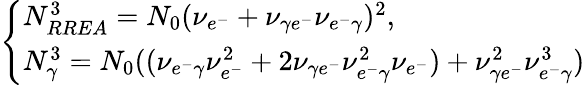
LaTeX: \left\{ \begin{array}{ll}{N_{RREA}^{3}=N_{0}(\nu_{e^{-}}+\nu_{\gamma e^{-}}\nu_{e^{-}\gamma})^{2},}\\ {N_{\gamma}^{3}=N_{0}((\nu_{e^{-}\gamma}\nu_{e^{-}}^{2}+2\nu_{\gamma e^{-}}\nu_{e^{-}\gamma}^{2}\nu_{e^{-}})+\nu_{\gamma e^{-}}^{2}\nu_{e^{-}\gamma}^{3})}\end{array}\right.